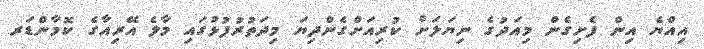
އިއްޔެ އިން ފެށިގެން މިއަދުގެ ނިޔަލަށް ކުރިއަށްގެންދިޔަ މިދަތުރުފުޅުގައި މާލެ އޭރިއާގެ ކޮމާންޑަރ